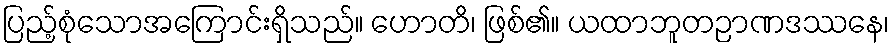
ပြည့်စုံသောအကြောင်းရှိသည်။ ဟောတိ၊ ဖြစ်၏။ ယထာဘူတဉာဏဒဿနေ၊